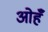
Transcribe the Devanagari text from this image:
ओहँ